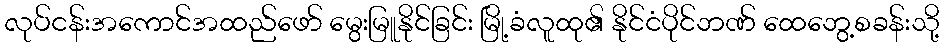
လုပ်ငန်းအကောင်အထည်ဖော် မွေးမြူနိုင်ခြင်း မြို့ခံလူထု၏ နိုင်ငံပိုင်ဘဏ် ထေဘွေ့စခန်းသို့